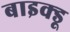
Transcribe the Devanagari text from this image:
बाइक्डू